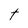
Character: t